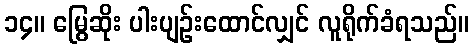
၁၄။ မြွေဆိုး ပါးပျဉ်းထောင်လျှင် လူရိုက်ခံရသည်။